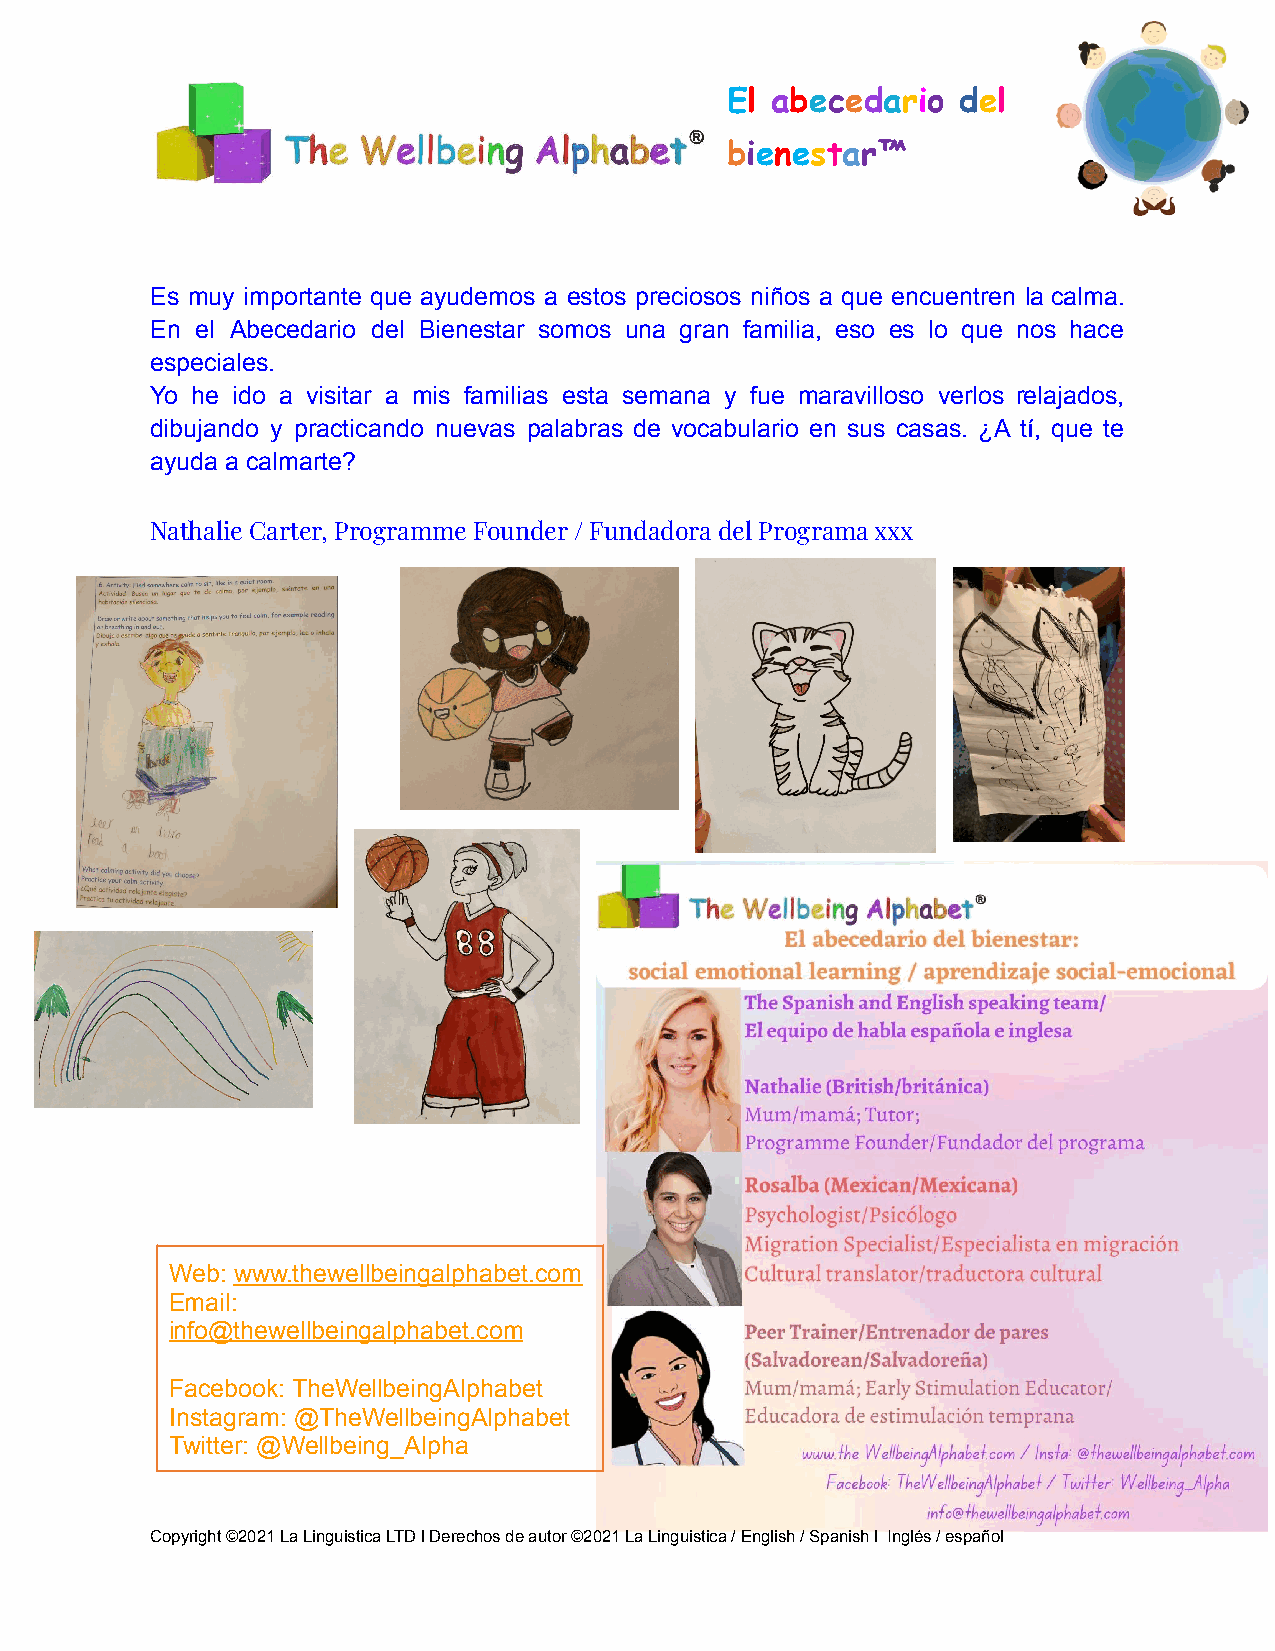
El abecedario  del
 bienestar™
 Es muy importante que ayudemos a estos preciosos niños a que encuentren la calma.
 En el Abecedario del Bienestar somos una gran familia, eso es lo que nos hace
 especiales.
 Yo he ido a visitar a mis familias esta semana y fue maravilloso verlos relajados,
 dibujando y practicando nuevas palabras de vocabulario en sus casas. ¿A tí, que te
 ayuda a calmarte?
 Nathalie Carter, Programme Founder / Fundadora del Programa xxx
 Web: www.thewellbeingalphabet.com
 Email:
 info@thewellbeingalphabet.com
 Facebook: TheWellbeingAlphabet
 Instagram: @TheWellbeingAlphabet
 Twitter: @Wellbeing_Alpha
 Copyright ©2021 La Linguistica LTD l Derechos de autor ©2021 La Linguistica / English / Spanish l Inglés / español